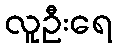
လူဦးရေ